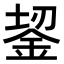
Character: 𬫎